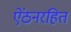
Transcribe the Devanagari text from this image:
ऐंठनरहित